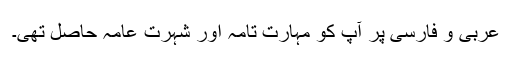
عربی و فارسی پر آپ کو مہارتِ تامہ اور شہرتِ عامہ حاصل تھی۔